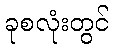
ခုစလုံးတွင်